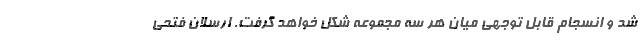
شد و انسجام قابل توجهی میان هر سه مجموعه شکل خواهد گرفت. ارسلان فتحی